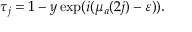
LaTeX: \tau _ { j } = 1 - y \exp ( i ( \mu _ { a } ( 2 j ) - \varepsilon ) ) .